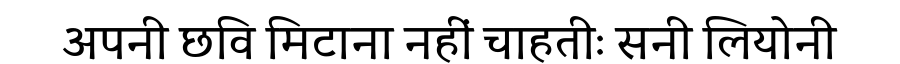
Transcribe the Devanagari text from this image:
अपनी छवि मिटाना नहीं चाहतीः सनी लियोनी